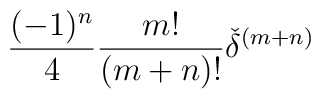
\frac {(-1)^n} {4} \frac {m!} {(m+n)!}{\check{\delta}}^{(m+n)}